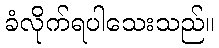
ခံလိုက်ရပါသေးသည်။